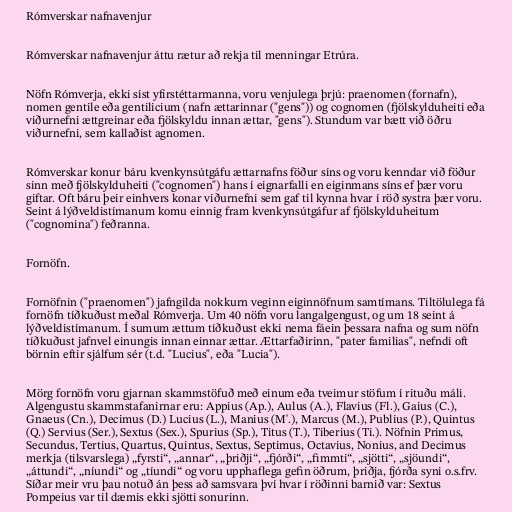
Rómverskar nafnavenjur

Rómverskar nafnavenjur áttu rætur að rekja til menningar Etrúra.

Nöfn Rómverja, ekki síst yfirstéttarmanna, voru venjulega þrjú: praenomen (fornafn),
nomen gentile eða gentilicium (nafn ættarinnar ("gens")) og cognomen (fjölskylduheiti eða
viðurnefni ættgreinar eða fjölskyldu innan ættar, "gens"). Stundum var bætt við öðru
viðurnefni, sem kallaðist agnomen.

Rómverskar konur báru kvenkynsútgáfu ættarnafns föður síns og voru kenndar við föður
sinn með fjölskylduheiti ("cognomen") hans í eignarfalli en eiginmans síns ef þær voru
giftar. Oft báru þeir einhvers konar viðurnefni sem gaf til kynna hvar í röð systra þær voru.
Seint á lýðveldistímanum komu einnig fram kvenkynsútgáfur af fjölskylduheitum
("cognomina") feðranna.

Fornöfn.

Fornöfnin ("praenomen") jafngilda nokkurn veginn eiginnöfnum samtímans. Tiltölulega fá
fornöfn tíðkuðust meðal Rómverja. Um 40 nöfn voru langalgengust, og um 18 seint á
lýðveldistímanum. Í sumum ættum tíðkuðust ekki nema fáein þessara nafna og sum nöfn
tíðkuðust jafnvel einungis innan einnar ættar. Ættarfaðirinn, "pater familias", nefndi oft
börnin eftir sjálfum sér (t.d. "Lucius", eða "Lucia").

Mörg fornöfn voru gjarnan skammstöfuð með einum eða tveimur stöfum í rituðu máli.
Algengustu skammstafanirnar eru: Appius (Ap.), Aulus (A.), Flavius (Fl.), Gaius (C.),
Gnaeus (Cn.), Decimus (D.) Lucius (L.), Manius (M'.), Marcus (M.), Publius (P.), Quintus
(Q.) Servius (Ser.), Sextus (Sex.), Spurius (Sp.), Titus (T.), Tiberius (Ti.). Nöfnin Primus,
Secundus, Tertius, Quartus, Quintus, Sextus, Septimus, Octavius, Nonius, and Decimus
merkja (tilsvarslega) „fyrsti“, „annar“, „þriðji“, „fjórði“, „fimmti“, „sjötti“, „sjöundi“,
„áttundi“, „níundi“ og „tíundi“ og voru upphaflega gefin öðrum, þriðja, fjórða syni o.s.frv.
Síðar meir vru þau notuð án þess að samsvara því hvar í röðinni barnið var: Sextus
Pompeius var til dæmis ekki sjötti sonurinn.